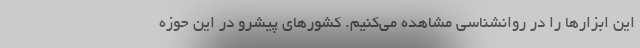
این ابزارها را در روانشناسی مشاهده می‌کنیم. کشورهای پیشرو در این حوزه